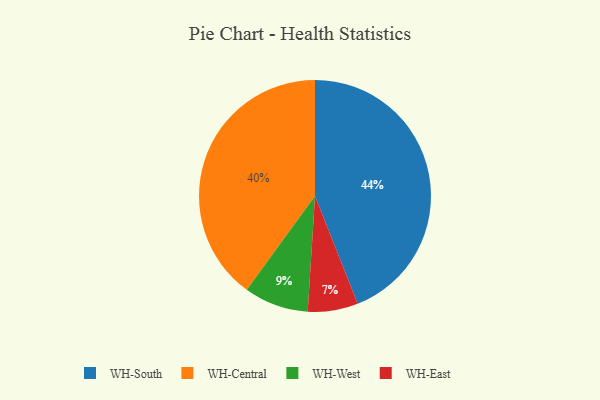
{"axis": {"x": "Category", "y": "Percentage"}, "legend": ["WH-Central", "WH-East", "WH-South", "WH-West"], "data": [{"x": "WH-West", "y": 9, "type": "WH-West"}, {"x": "WH-East", "y": 7, "type": "WH-East"}, {"x": "WH-Central", "y": 40, "type": "WH-Central"}, {"x": "WH-South", "y": 44, "type": "WH-South"}]}